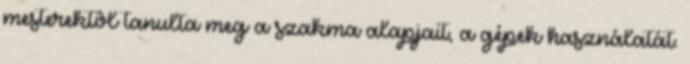
mesterektôl tanulta meg a szakma alapjait, a gépek használatát.